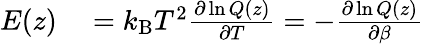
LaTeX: \begin{array}{rl}{E(z)}&{{}=k_{\mathrm{B}}T^{2}\frac{\partial\ln Q(z)}{\partial T}=-\frac{\partial\ln Q(z)}{\partial\beta}}\end{array}